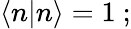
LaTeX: \langle n|n\rangle=1\ ;